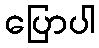
ပြောပါ